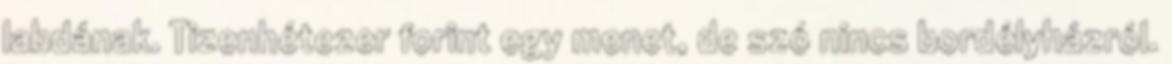
labdának. Tizenhétezer forint egy menet, de szó nincs bordélyházról.